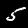
Label: 5